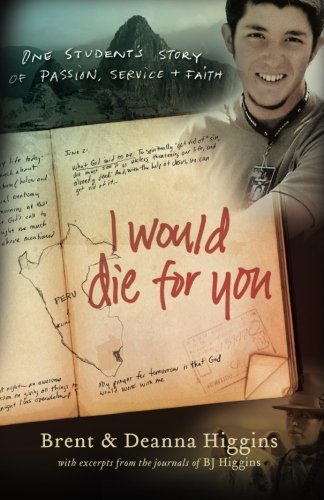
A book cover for I Would Die for You: One Student's Story of Passion, Service and Faith; Brent Higgins; Teen & Young Adult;